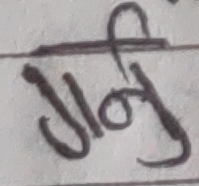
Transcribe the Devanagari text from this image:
गर्नु